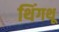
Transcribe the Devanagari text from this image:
थिंगथू